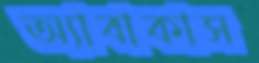
অ্যাবাকাস